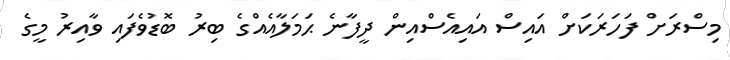
މިސްރަށް ފަހަރަކަށް އައިސް އައިއެސްއިން ދީފާނެ ޙަމަލާއެއްގެ ބިރު ބޮޑުވެފައި ވާއިރު މީގެ